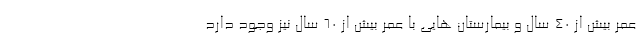
عمر بیش از ۴۰ سال و بیمارستان هایی با عمر بیش از ۶۰ سال نیز وجود دارد